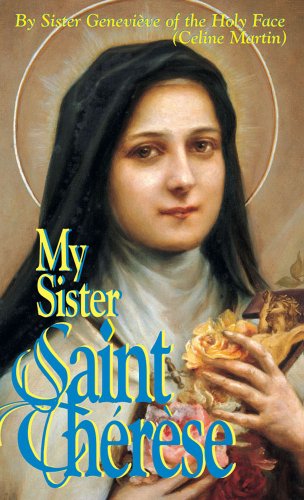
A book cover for My Sister Saint Therese; Sr. Genevieve of Holy Face; Christian Books & Bibles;